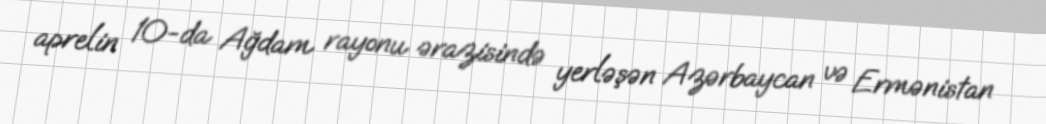
aprelin 10-da Ağdam rayonu ərazisində yerləşən Azərbaycan və Ermənistan